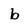
Character: b